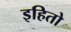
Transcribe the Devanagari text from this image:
इहितो